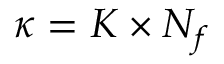
\kappa = K \times N _ { f }